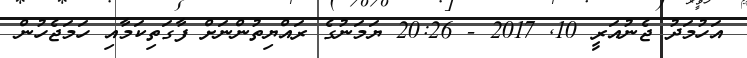
އަހުމަދު ޖެނުއަރީ 10